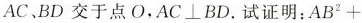
AC，BD交于点O，AC \bot BD。试证明 $$A B ^ { 2 } +